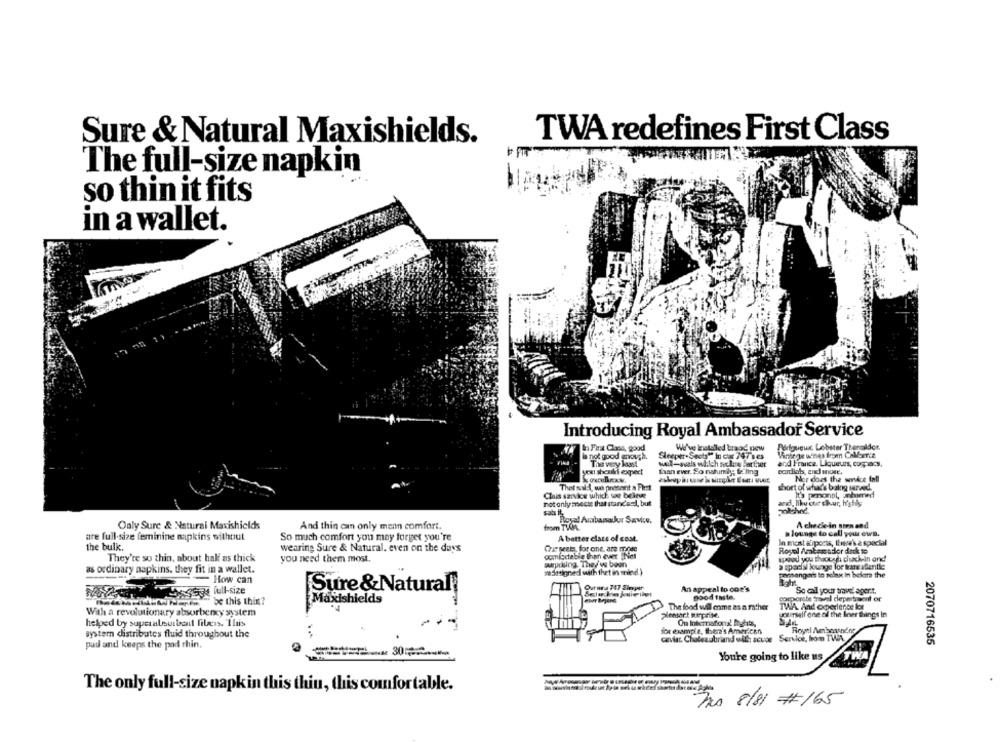
Sure & Natural Maxishields.
TWA redefines First Class
The full-size napkin
so thin it fits
in a wallet.
Introducing Royal Ambassadof Service
Perigueux Lobster Thenaldor.
In Para Claria, good
We've installed brand new
Vintege wines from Colberta
la not good enough.
Sleeper.Sects" In cx 747 ses
The very least
and France. Liqueurs, compacs.
you should expect
Laan ever. So ruhumily: te ling
Nor does the service fall
Thet sal:\, wah present a Piet
short of what's baing served.
Clais saivice which we believe
It's pmnonpl, umhierid
not only meckt that standard, but
and, Niku cur chur, h'shily
sals it
nachnd.
Royal Alabamakur Savice,
Only Surc & Natural Maxishields
And thin can only menn comfort.
from TVOML
A chedie in Bien and
a lounge to call your own.
are full-size feminine mapkins without
So much comfort you may forget you're
A better class of cost.
In most aliports, there's a special
the bulk.
wearing Sure & Natural. even on the days
Que seets for one, are most
Royal Amtematlor duck to
comigctable than ever Niet
They're so thin, about half as thick
you need them most.
sykling. They'ws been
a special lounge for trans atlantic
upad you though ciuch-in and
as ordinary napkins, they fit in a wallet.
Tadasigned with thet in sitedl)
How can
posengart to relax in before the
Out nea 747 Singer
An appeal to doe's
Ssa full-size
Sure &Natural;
So cil your travel ager.t.
be this thin?
Maxishields
good taste.
corporate travel clepertoont of
The food wil come as a rather
TWA. And operlerce lor
With a revolutionary absorberxy system
plessort Reprise.
Jolithelf one of the Iner things In
helped by superalsuitant fibers. This
-
for example, there's American
Royel Aetboasnene
system distributes fluid throughout the
caviar. Chateaubriand with scuce Service, bom TWA
pud and keeps the pad rhin,
2070716535
TWVA
Youre going to like us
The only full-size napkin this thiu, this comfortable.
To 8/81 #165